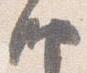
納